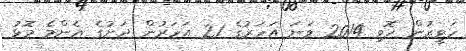
ހަވީރުން ހޮވި 2014 ވަނަ އަހަރުގެ 21 އަހަރުން ދަށުގެ އެންމެ މޮޅު